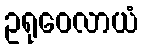
ဥရုဝေလာယံ